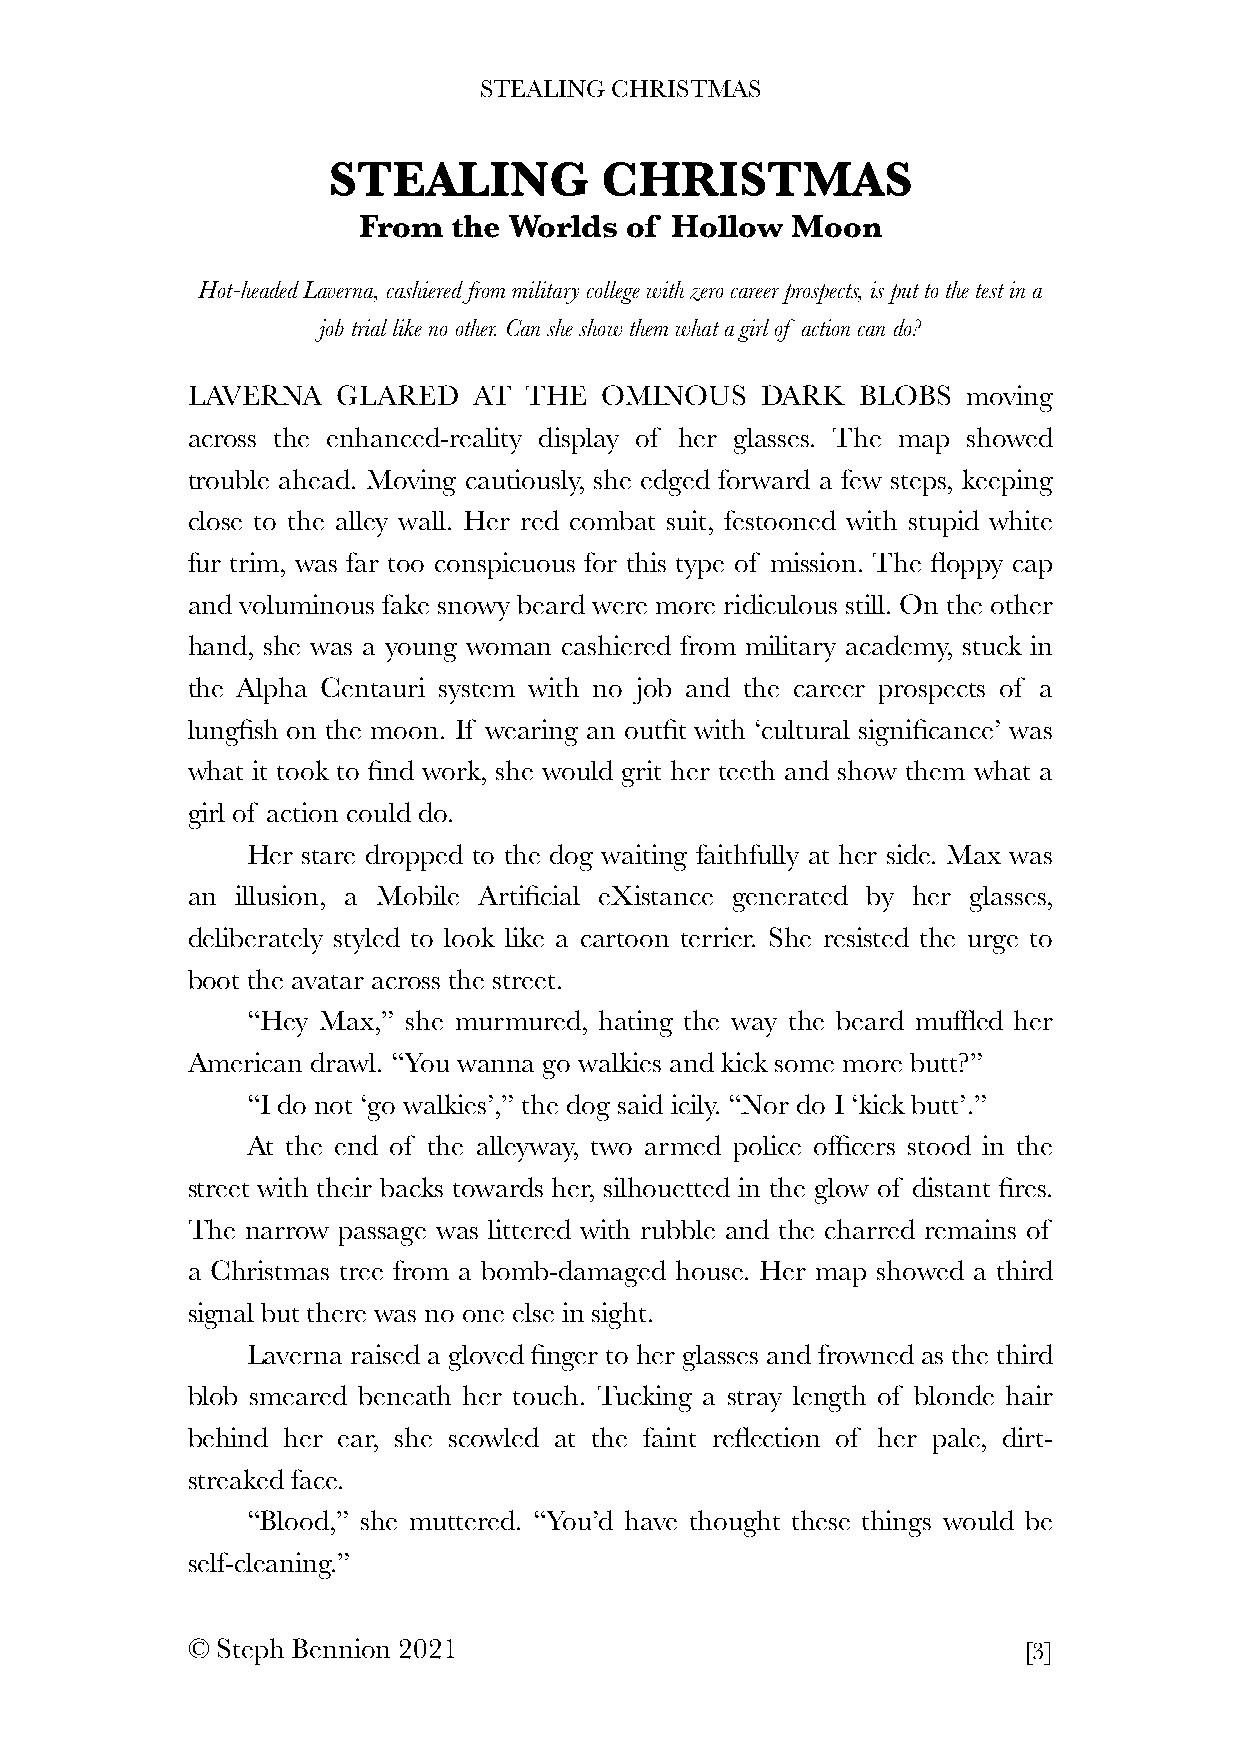
STEALING CHRISTMAS
 STEALING          CHRISTMAS
 From  the Worlds of Hollow  Moon
 Hot-headed Laverna, cashiered from military college with zero career prospects, is put to the test in a
 job trial like no other. Can she show them what a girl of action can do?
 LAVERNA   GLARED   AT  THE  OMINOUS   DARK   BLOBS  moving
 across the enhanced-reality display of her glasses. The map showed
 trouble ahead. Moving cautiously, she edged forward a few steps, keeping
 close to the alley wall. Her red combat suit, festooned with stupid white
 fur trim, was far too conspicuous for this type of mission. The floppy cap
 and voluminous fake snowy beard were more ridiculous still. On the other
 hand, she was a young woman cashiered from military academy, stuck in
 the Alpha Centauri system with no job and the career prospects of a
 lungfish on the moon. If wearing an outfit with ‘cultural significance’ was
 what it took to find work, she would grit her teeth and show them what a
 girl of action could do.
 Her stare dropped to the dog waiting faithfully at her side. Max was
 an  illusion, a Mobile Artificial eXistance generated by her glasses,
 deliberately styled to look like a cartoon terrier. She resisted the urge to
 boot the avatar across the street.
 “Hey Max,” she murmured, hating the way the beard muffled her
 American drawl. “You wanna go walkies and kick some more butt?”
 “I do not ‘go walkies’,” the dog said icily. “Nor do I ‘kick butt’.”
 At the end of the alleyway, two armed police officers stood in the
 street with their backs towards her, silhouetted in the glow of distant fires.
 The narrow passage was littered with rubble and the charred remains of
 a Christmas tree from a bomb-damaged house. Her map showed a third
 signal but there was no one else in sight.
 Laverna raised a gloved finger to her glasses and frowned as the third
 blob smeared beneath her touch. Tucking a stray length of blonde hair
 behind her ear, she scowled at the faint reflection of her pale, dirt-
 streaked face.
 “Blood,” she muttered. “You’d have thought these things would be
 self-cleaning.”
 © Steph Bennion 2021                                    [3]